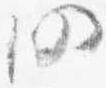
仍